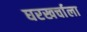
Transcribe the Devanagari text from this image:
घरखर्चाला